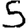
Digit: 5